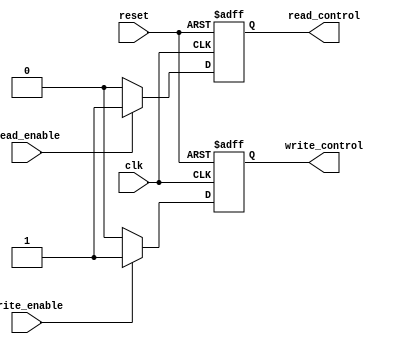
module fifo_timing_control (
    input wire clk,
    input wire reset,
    input wire read_enable,
    input wire write_enable,
    output reg read_control,
    output reg write_control
);

always @(posedge clk or posedge reset) begin
    if (reset) begin
        read_control <= 0;
        write_control <= 0;
    end else begin
        if (read_enable) begin
            read_control <= 1;
        end else begin
            read_control <= 0;
        end
        
        if (write_enable) begin
            write_control <= 1;
        end else begin
            write_control <= 0;
        end
    end
end

endmodule